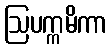
ဩပက္ကမိကာ